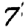
Digit: 7